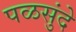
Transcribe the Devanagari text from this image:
पळसुंदे